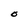
Character: O